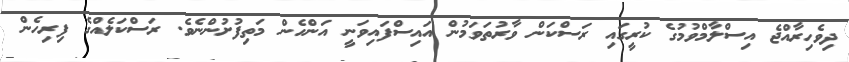
ދިވެހިރާއްޖެ އިސްލާމްވުމުގެ ކުރީގައި ރަސްކަން ވާރުތަވަމުން އައިސްފައިވަނީ އަންހެން މަތިފުށުންނެވެ. ރަސްކަލެއްގެ ފިރިހެން